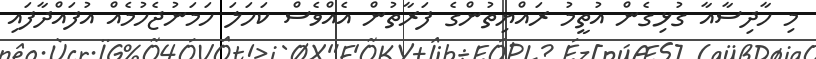
މި ހާދިސާއާ ގުޅިގެން އުތީމު ރައްޔިތުންގެ ފަރާތުން އެއްވެސް ކަހަލަ ހަމަނުޖެހުމެއް އުފައްދާފައި